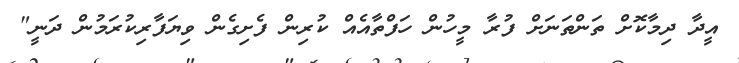
އީދާ ދިމާކޮށް ތަންތަނަށް ފުރާ މީހުން ހަފްތާއެއް ކުރިން ފެށިގެން ވިޔަފާރިކުރަމުން ދަނީ"